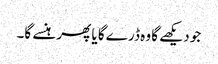
جو دیکھے گا وہ ڈرے گا یا پھر ہنسے گا۔